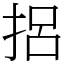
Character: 捛